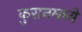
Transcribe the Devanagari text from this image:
कुरानमध्ये